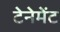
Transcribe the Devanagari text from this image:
टेनेमेंट